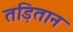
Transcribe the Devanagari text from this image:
तड़ितान